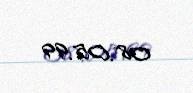
08.05.99